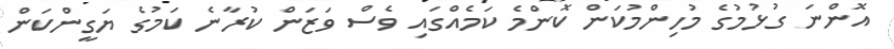
އޮންނަ ގުޅުމުގެ މުހިންމުކަން ކޮންމެ ކަމެއްގައި ވެސް ވަޒަން ކުރާނެ ކަމުގެ ޔަގީންކަން